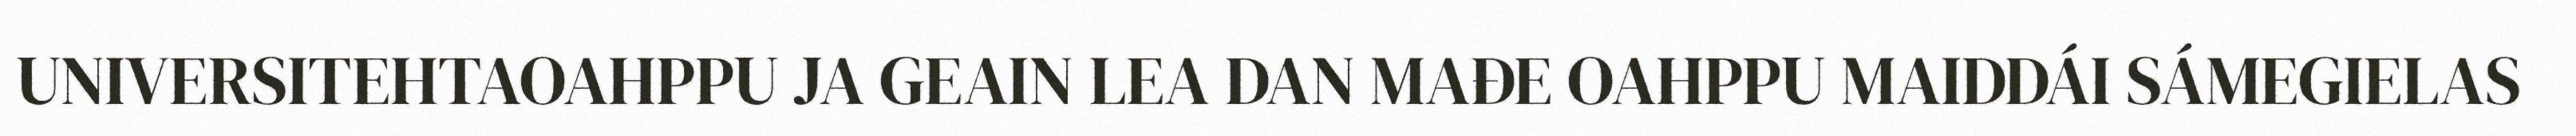
UNIVERSITEHTAOAHPPU JA GEAIN LEA DAN MAĐE OAHPPU MAIDDÁI SÁMEGIELAS